Assam Mental Hospital (Tezpur, India) - 1933-1948
Year: 1933
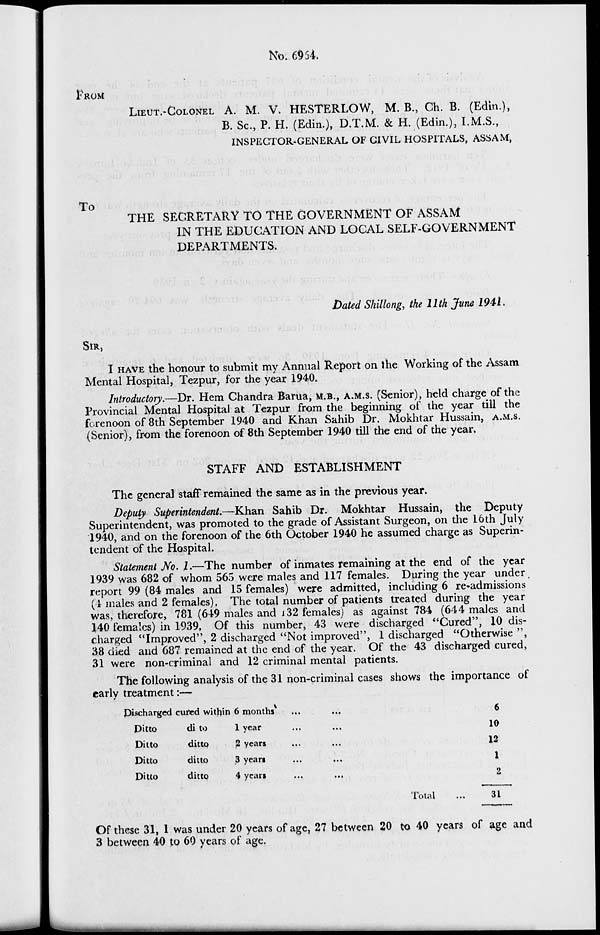
No. 6954.
FROM
LIEUT.-COLONEL A. M. V. HESTERLOW, M. B., Ch. B. (Edin.),
B. Sc., P. H. (Edin.), D.T.M. & H. (Edin.), I.M.S.,
INSPECTOR-GENERAL OF CIVIL HOSPITALS, ASSAM,
To
THE SECRETARY TO THE GOVERNMENT OF ASSAM
IN THE EDUCATION AND LOCAL SELF-GOVERNMENT
DEPARTMENTS.
Dated Shillong, the 11th June 1941.
SIR,
I HAVE the honour to submit my Annual Report on the Working of the Assam
Mental Hospital, Tezpur, for the year 1940.
Introductory.—Dr. Hem Chandra Barua, M. B., A.M.S. (Senior), held charge of the
Provincial Mental Hospital at Tezpur from the beginning of the year till the
forenoon of 8th September 1940 and Khan Sahib Dr. Mokhtar Hussain, A.M.S.
(Senior), from the forenoon of 8th September 1940 till the end of the year.
STAFF AND ESTABLISHMENT
The general staff remained the same as in the previous year.
Deputy Superintendent.—Khan Sahib Dr. Mokhtar Hussain, the Deputy
Superintendent, was promoted to the grade of Assistant Surgeon, on the 16th July
1940, and on the forenoon of the 6th October 1940 he assumed charge as Superin-
tendent of the Hospital.
Statement No. 1.—The number of inmates remaining at the end of the year
1939 was 682 of whom 565 were males and 117 females. During the year under
report 99 (84 males and 15 females) were admitted, including 6 re-admissions
(4 males and 2 females), The total number of patients treated during the year
was, therefore, 781 (649 males and 132 females) as against 784 (644 males and
140 females) in 1939. Of this number, 43 were discharged "Cured", 10 dis-
charged "Improved", 2 discharged "Not improved", 1 discharged "Otherwise ",
38 died and 687 remained at the end of the year. Of the 43 discharged cured,
31 were non-criminal and 12 criminal mental patients.
The following analysis of the 31 non-criminal cases shows the importance of
early treatment:—
Discharged cured within
Ditto
Ditto
Ditto
Ditto
ditto
ditto
ditto
ditto
6
months...
...
1 year...
...
2 years...
...
3 yean...
...
4 years...
...
Total
6
10
12
1
2
31
Of these 31, 1 was under 20 years of age, 27 between 20 to 40 years of age and
3 between 40 to 60 years of age.